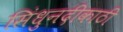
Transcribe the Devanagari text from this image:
सिंधुनदीकाठी